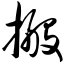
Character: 搬